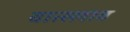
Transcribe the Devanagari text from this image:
वात्स्लाव